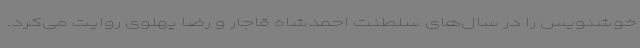
خوشنویس را در سال‌های سلطنت احمدشاه قاجار و رضا پهلوی روایت می‌کرد.